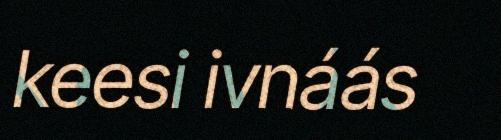
keesi ivnáás